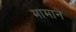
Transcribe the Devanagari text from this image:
मामाने